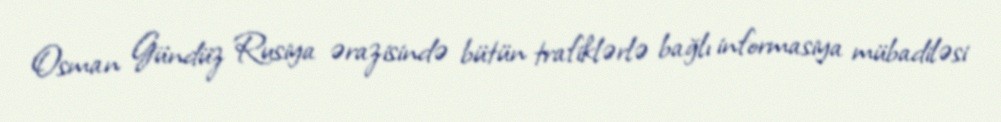
Osman Gündüz Rusiya ərazisində bütün trafiklərlə bağlı informasiya mübadiləsi